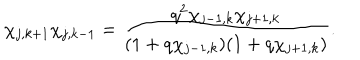
\chi _ { j , k + 1 } \chi _ { j , k - 1 } = \frac { q ^ { 2 } \chi _ { j - 1 , k } \chi _ { j + 1 , k } } { ( 1 + q \chi _ { j - 1 , k } ) ( 1 + q \chi _ { j + 1 , k } ) } .